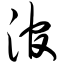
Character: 涫